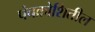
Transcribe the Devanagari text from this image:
पंचक्रोशितील